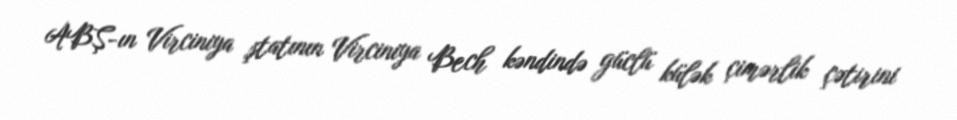
ABŞ-ın Virciniya ştatının Virciniya Bech kəndində güclü külək çimərlik çətirini